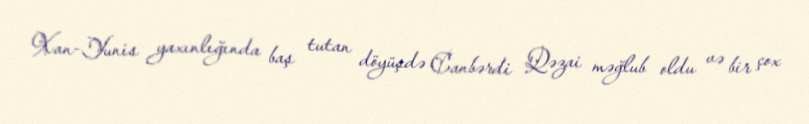
Xan-Yunis yaxınlığında baş tutan döyüşdə Canbərdi Qəzai məğlub oldu və bir çox